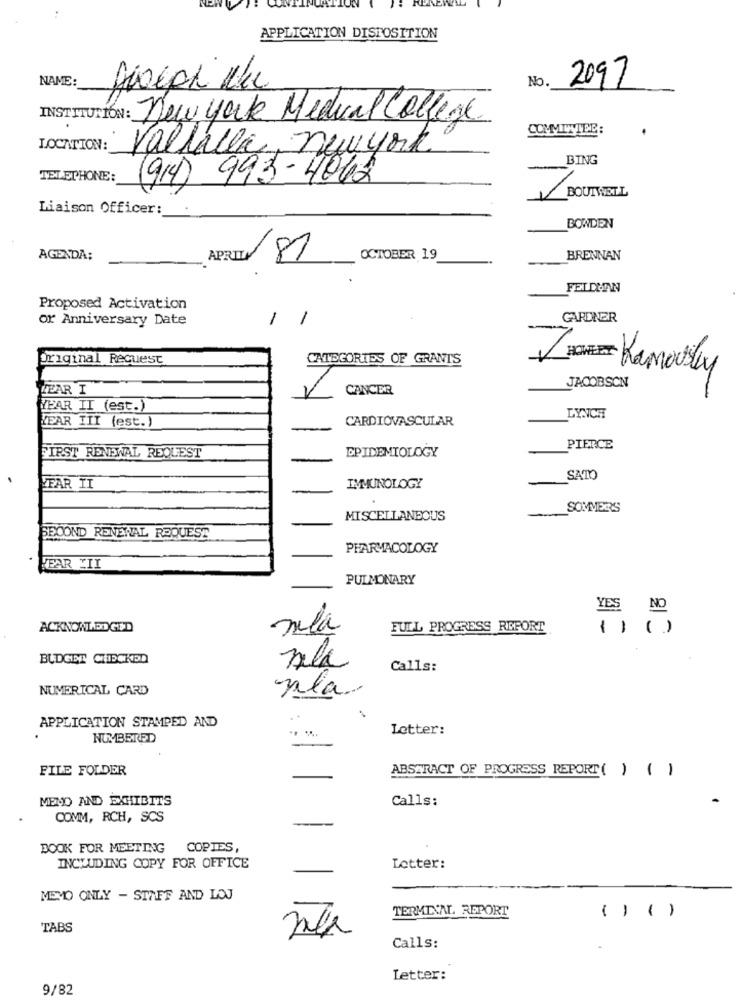
APPLICATION DISPOSITION
NAME:
No.
2097
INSTITUCIÓN : New york Medical College
COMMITTEE:
LOCATION:
Valhalla newyork
BING
TELEPHONE:
(914) 993-4062
BOUTWELL
Liaison Officer:
BOWDEN
AGENDA;
APRILIA 87
OCTOBER 19
BRENNAN
FELDAN
Proposed Activation
or Anniversary Date
-
1
GARDNER
Original Request
CATEGORIES OF GRANTS
V ACHER: Kamously
FEAR I
CANCER
JACOBSCN
YEAR IT (est.)
YEAR III (est.)
CARDIOVASCULAR
LYNCH
EPIDEMIOLOGY
PIERCE
FIRST RENEWAL REQUEST
SATO
FAR II
IMMUNOLOGY
SOMMERS
MISCELLANEOUS
SECOND RENEWAL REQUEST
PHARMACOLOGY
FEAR II
PULMONARY
YEŞ NO
ACKNOWLEDGED
nela
FULL PROGRESS REPORT
() ()
BUDGET CHECKED
nela
Calls:
NUMERICAL CARD
nla.
APPLICATION STAMPED AND
Letter:
NUMBERED
FILE FOLDER
ABSTRACT OF PROGRESS REPORT ( ) ()
MENO AND EXHIBITS
Calls:
COMM, RCH, SCS
BOOK FOR MEETING COPIES,
INCLUDING COPY FOR OFFICE
Letter:
MEMO ONLY - STAFF AND LOJ
TERMINAL REPORT
( ) ()
TABS
Calls:
Letter:
9/82